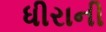
ધીરાની